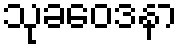
သုခဝေဒနာ